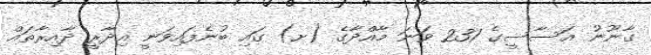
ގާނޫނު އަސާސީގެ 231 ވަނަ މާއްދާގެ (ށ) ގައި ބުނެފައިވަނީ އިދާރީ ދާއިރާތައް